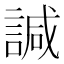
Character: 諴